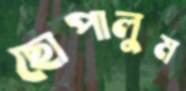
ছোপালুম